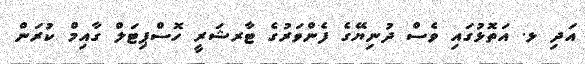
އަދި ޅ. އަތޮޅުގައި ވެސް ދުނިޔޭގެ ފެންވަރުގެ ޓާރޝަރީ ހޮސްޕިޓަލް ގާއިމް ކުރަން